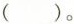
( )。